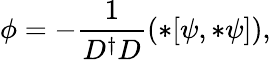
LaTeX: \phi=-\frac{1}{D^{\dagger}D}\left(*[\psi,*\psi]\right),